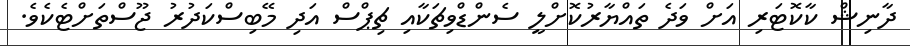
ދާނިޝް ކާކޮޓަރި އަށް ވަދެ ތައްޔާރުކޮށްލީ ސެންޑްވިޗަކާއި ޗިޕްސް އަދި މޭބިސްކަދުރު ޖޫސްތަށްޓެކެވެ.